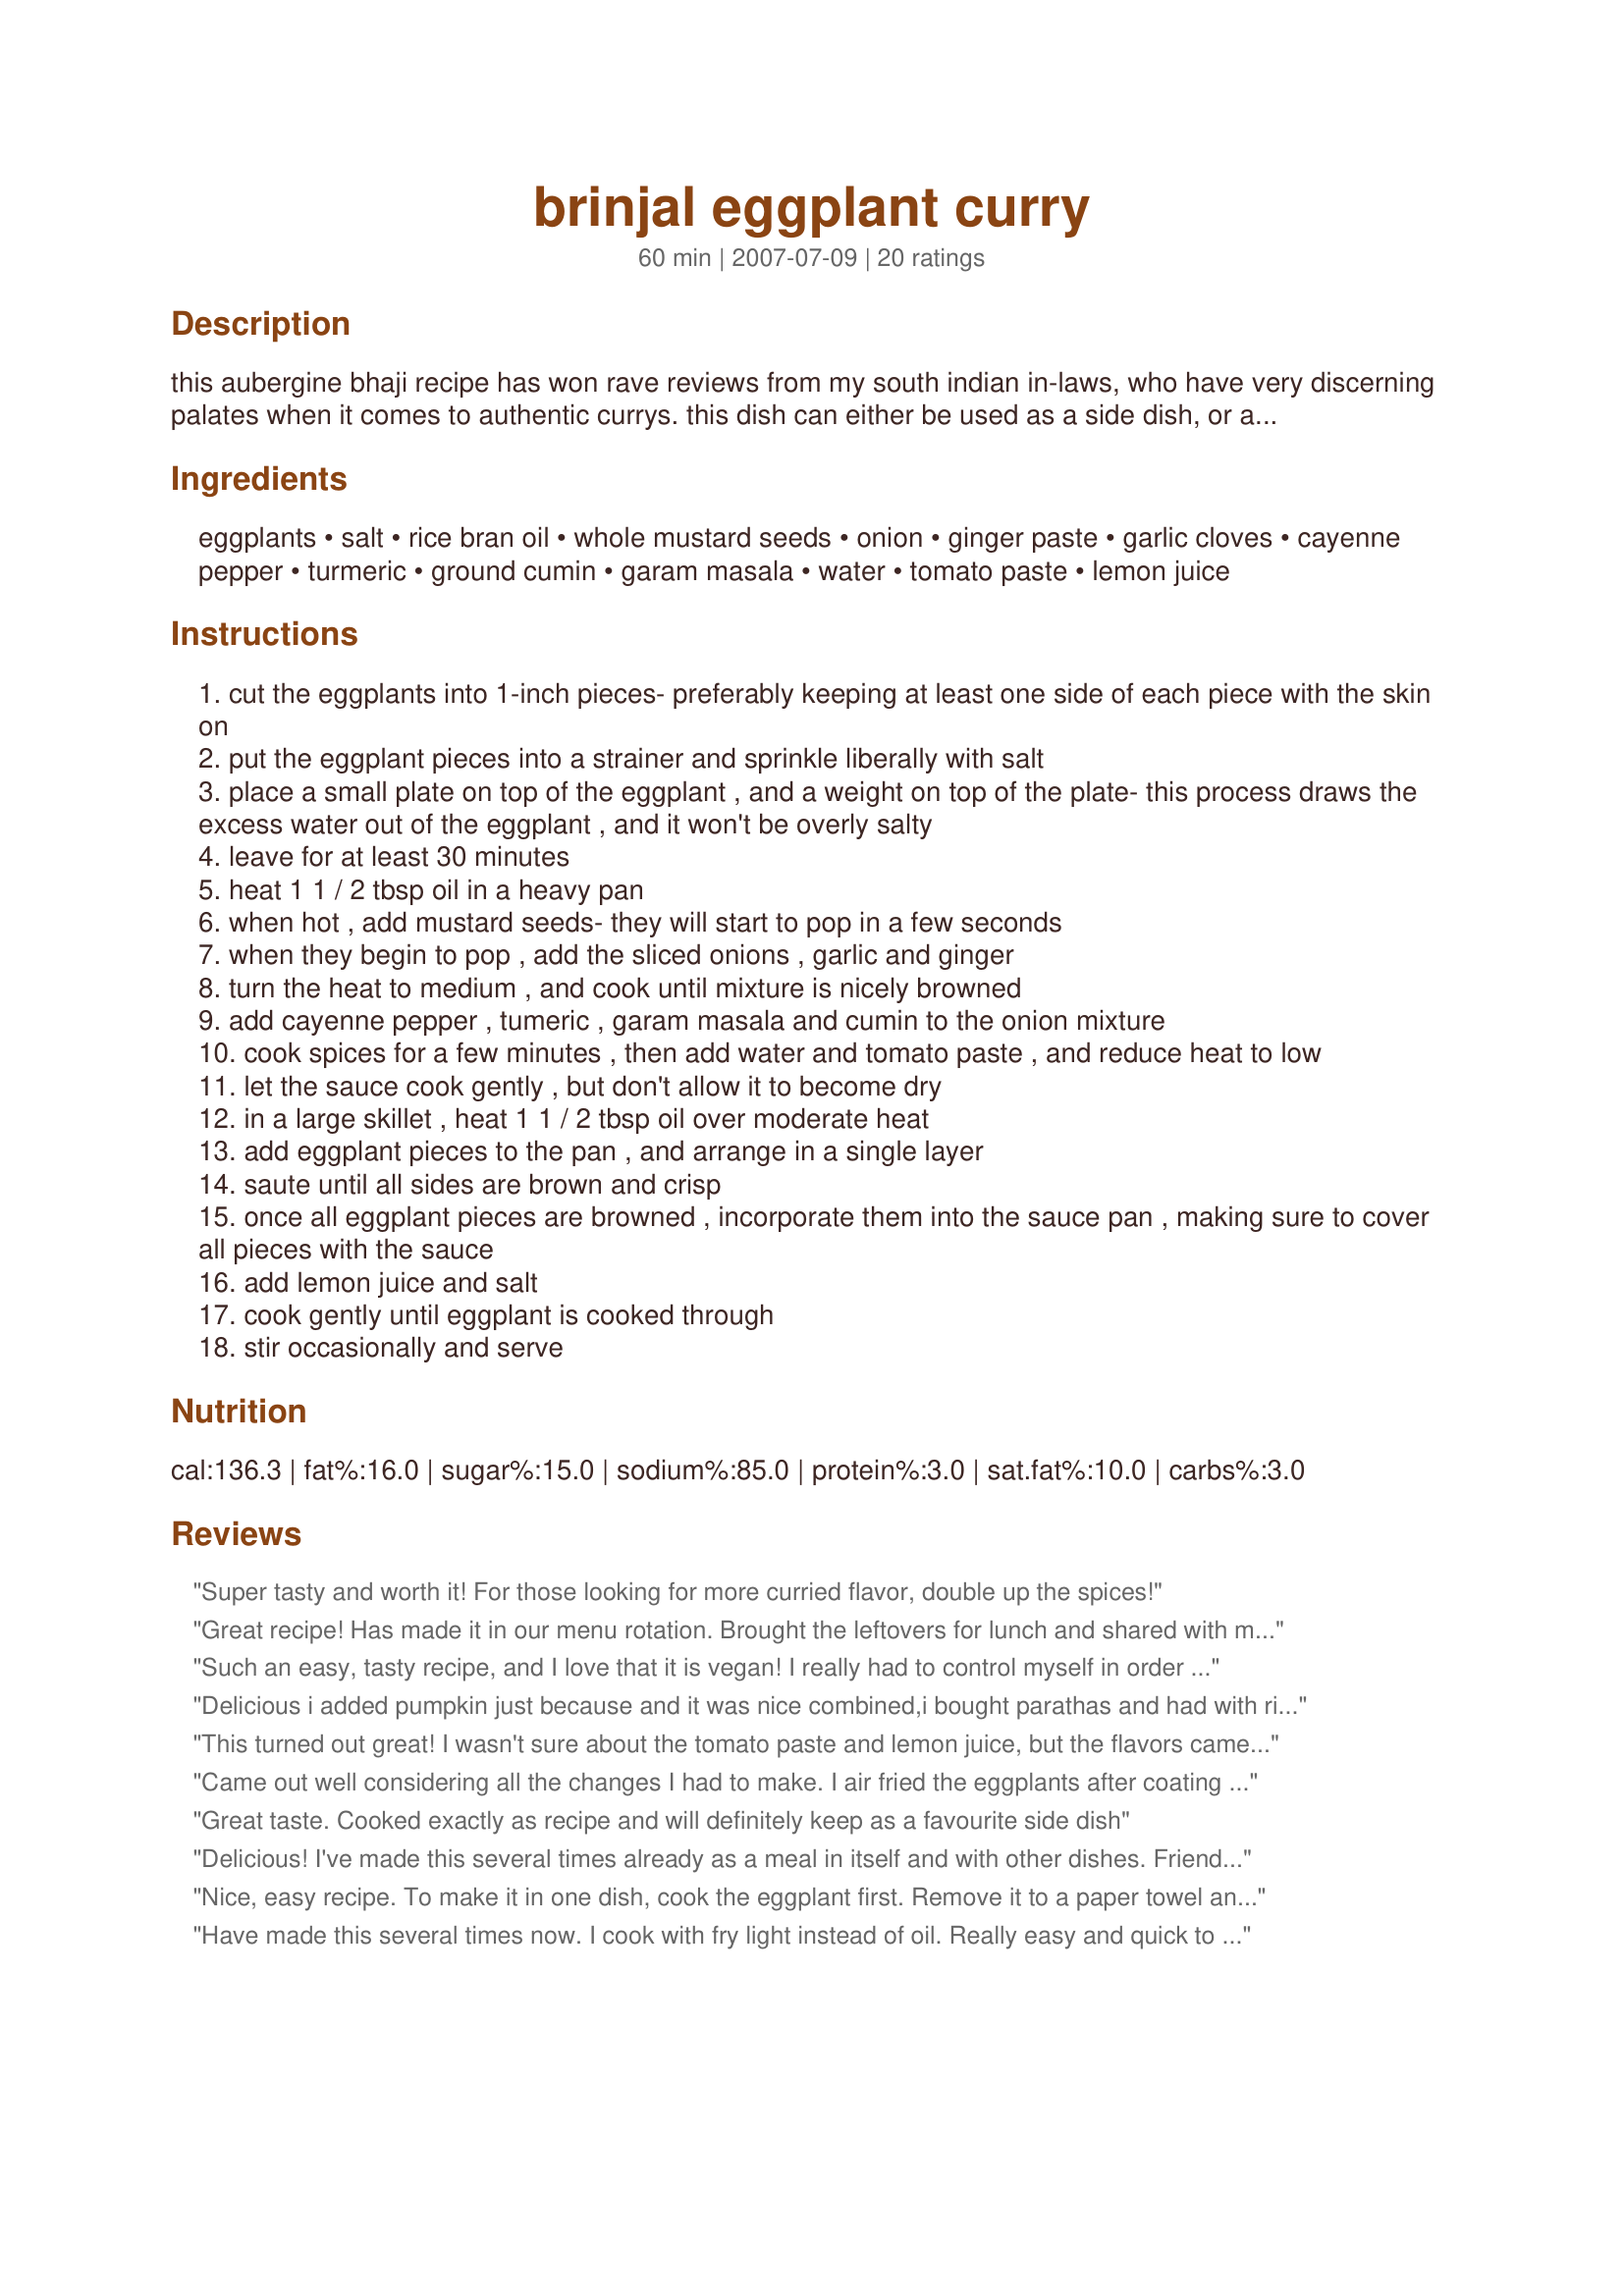
brinjal eggplant curry
Preparation time: 60 minutes

this aubergine bhaji recipe has won rave reviews from my south indian in-laws, who have very discerning palates when it comes to authentic currys. this dish can either be used as a side dish, or as a vegetarian main dish. it's easy, delicious and a great way to introduce different veggies to your kids.

Ingredients:
eggplants, salt, rice bran oil, whole mustard seeds, onion, ginger paste, garlic cloves, cayenne pepper, turmeric, ground cumin, garam masala, water, tomato paste, lemon juice

Steps:
cut the eggplants into 1-inch pieces- preferably keeping at least one side of each piece with the skin on
put the eggplant pieces into a strainer and sprinkle liberally with salt
place a small plate on top of the eggplant , and a weight on top of the plate- this process draws the excess water out of the eggplant , and it won't be overly salty
leave for at least 30 minutes
heat 1 1 / 2 tbsp oil in a heavy pan
when hot , add mustard seeds- they will start to pop in a few seconds
when they begin to pop , add the sliced onions , garlic and ginger
turn the heat to medium , and cook until mixture is nicely browned
add cayenne pepper , tumeric , garam masala and cumin to the onion mixture
cook spices for a few minutes , then add water and tomato paste , and reduce heat to low
let the sauce cook gently , but don't allow it to become dry
in a large skillet , heat 1 1 / 2 tbsp oil over moderate heat
add eggplant pieces to the pan , and arrange in a single layer
saute until all sides are brown and crisp
once all eggplant pieces are browned , incorporate them into the sauce pan , making sure to cover all pieces with the sauce
add lemon juice and salt
cook gently until eggplant is cooked through
stir occasionally and serve

Reviews:
Super tasty and worth it! For those looking for more curried flavor, double up the spices!
Great recipe! Has made it in our menu rotation. Brought the leftovers for lunch and shared with my colleague and amongst her appreciating comments, she said &quot;10 out of 10!&quot;. Here are my notes if it helps someone:

I doubled the recipe. Sprinkled salt liberally, as advised, over the raw eggplants. Stuck to a good half tsp salt, adjusting ever so slightly as needed. Key is to proper brown the onions (not golden and not burnt either!) Also, proper brown the raw eggplants before adding to salt. And let cook over low heat until completely softened (took me about half hour or thereabouts). Used &frac12; tsp red chili instead of cayenne pepper and 1 &frac14; tsp mustard seeds. Maintained &frac34; tsp turmeric and used &frac12; tsp garam masala with an additional &frac14; towards the end (when adding salt and lemon juice). Doubled onions, tomato paste, garlic, doubled and used 1.5 tsp ginger.
Such an easy, tasty recipe, and I love that it is vegan! I really had to control myself in order not to eat everything at once :)
Delicious i added pumpkin just because and it was nice combined,i bought parathas and had with rice and natural yogurt.YUMMMM
This turned out great! I wasn't sure about the tomato paste and lemon juice, but the flavors came together beautifully. My husband hates eggplant and was really impressed by the lack of sliminess. We both thought it was delicious, and will definitely make it again. Thank you so much for such a great recipe.
Came out well considering all the changes I had to make. I air fried the eggplants after coating them in oil bc I didn't have space to fry them. I ran out of time and sliced the ginger instead of grinding it up. And I didn't have tomato paste so I used a garden fresh tomato and I had to use paprika bc I totally grabbed the wrong spice and didn't realise until I was putting everything away. Considering how much I unintentionally strayed from the recipe is not bad. I've never had this before bc I hem and haw and always order palak paneer.
Great taste. Cooked exactly as recipe and will definitely keep as a favourite side dish
Delicious! I've made this several times already as a meal in itself and with other dishes. Friends and family love it and I've shared the recipe. Simple and delicious! I use fresh finely chopped or grated ginger and home made garam masala which is also very easy to do. Once I added tomato passata and chickpeas for protein but prefer it just as it is here. I also fry the aubergines first in the same pan, cutting them in wedges and getting them quite dark brown almost blackened... the way I like them. Thank-you so much for the recipe :)
Nice, easy recipe. To make it in one dish, cook the eggplant first. Remove it to a paper towel and prepare the sauce in the same pan.
Have made this several times now. I cook with fry light instead of oil. Really easy and quick to make too.
Very tasty! I had a large eggplant so doubled the spice ingredients. I also sliced the eggplant instead of cubing and cooked them first on a griddle pan - looks good (see the picture I posted) and cooks quicker. I also threw in a can of diced tomatoes and 2 fresh tomatoes sliced into eighths, as suggested in some other eggplant curry recipes. Worked well!
Amazing dish. I tried an eggplant curry at an Indian restaurant and decided to give it a go - I think the result was even better than what I had at the restaurant! I did a tbsp of sugar to the recipe. Like others I browned the eggplants first and used the same pan to cook the sauce before tipping the eggplants back in.
I&#039;ve made this twice now, and I think it&#039;s quickly becoming a favorite. This second time, I didn&#039;t want to turn on the oven because it&#039;s hot outside, so I microwaved the cubed eggplant for 5 minutes (along with a carrot) to get the cooking started on it, then browned the vegetables in the same pan that I used to make the sauce.
Delicious! This is now my go-to when I get an eggplant in my CSA. Flavor is well balanced, but the real reason I reach for this is how not-mushy the eggplant is! Cooking it separately really helps the texture. I admittedly don't really weigh my eggplant, whatever I have on hand is usually fine. Last time I made it, I didn't have tomato paste but I threw in a few cherry tomatoes and it was still very tasty. Lastly, my husband does not tolerate especially spicy foods. For us, 1/4 teaspoon of cayenne is plenty! Taste test the cayenne if you know you're sensitive.
I love this recipe. I&#039;ve made it twice now. Am trying to upload pic.
Instead of rubbing salt on the brinjal pieces it is crispier if it is shallow fried without salt and v little oil with gas on sim
Yummy, yummy!

I made this pretty much as written - except I used fresh chillies instead of cayenne, and to cut down on washing up I browned the aubergine in the same pan that I later used to make the sauce.
This was so very good, the addition of the mustard seeds really added to the overall flavour. I used fresh hot peppers in lieu of the cayenne, and also threw in some tomatoes.
This recipe is absolutely gorgeous . So incredibly full of flavour. I used fresh chilli instead of cayenne. This doesnt need tomato....just eggplant eventuates the full flavour. YUM!
Fabulous! Next time I will try adding a black cardamom pod as I happen to be a huge fan of cardamom but this was a really good, easy curry to make. Will also add chickpeas to make it a more balanced vegetarian main course. Made a nice little sambal on the side with a chilli hit, basmati rice, naan bread, coriander leaves. This is definitely going to be added to my list of veggie meals that will satisfy even some of our more carniverous friends.
